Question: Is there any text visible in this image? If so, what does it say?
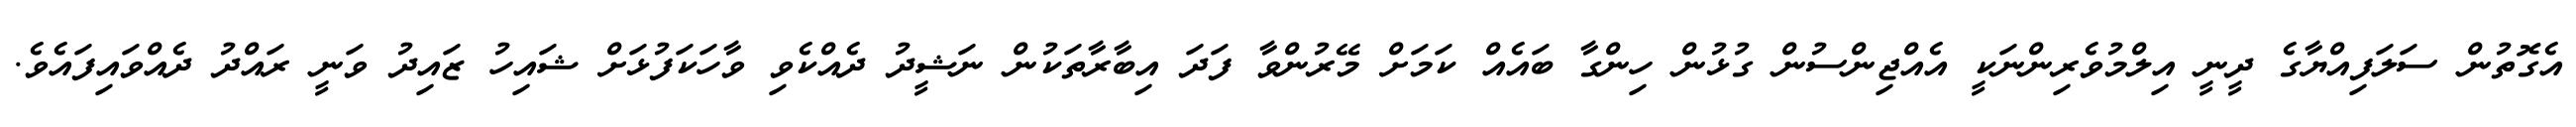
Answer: އެގޮތުން ސަލަފިއްޔާގެ ދީނީ އިލްމުވެރިންނަކީ އެއްޖިންސުން ގުޅުން ހިންގާ ބައެއް ކަމަށް މޭރުންވާ ފަދަ އިބާރާތަކުން ނަޝީދު ދެއްކެވި ވާހަކަފުޅަށް ޝައިހު ޒައިދު ވަނީ ރައްދު ދެއްވައިފައެވެ.